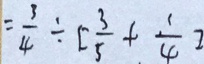
= \frac { 3 } { 4 } \div [ \frac { 3 } { 5 } + \frac { 1 } { 4 } ]